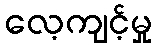
လေ့ကျင့်မှု